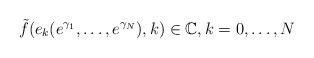
LaTeX: \begin{align*}\tilde{f}(e_{k}(e^{\gamma_{1}},\ldots,e^{\gamma_{N}}),k)\in\mathbb{C},k=0,\ldots,N\end{align*}